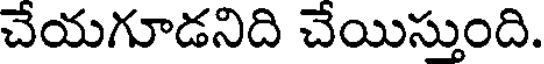
చేయగూడనిది చేయిస్తుంది.